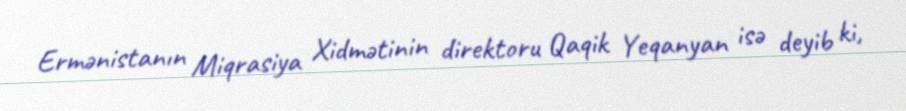
Ermənistanın Miqrasiya Xidmətinin direktoru Qaqik Yeqanyan isə deyib ki,